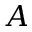
A